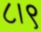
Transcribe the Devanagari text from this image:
८।९